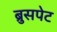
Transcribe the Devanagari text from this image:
ब्रुसपेट